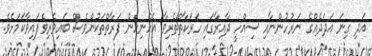
އަދި ގިނަ އަދަދެއްގެ ނަރުހުންނާއި ސިއްހީ ދާއިރާގައި ހަރަކާތްތެރިވާ އެހެނިހެން ފަރާތްތަކުންވެސް ބައިވެރިވެފައިވާކަމަށެވެ.